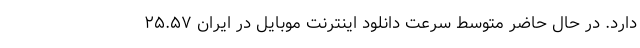
دارد. در حال حاضر متوسط سرعت دانلود اینترنت موبایل در ایران ۲۵.۵۷